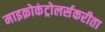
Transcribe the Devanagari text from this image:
माइक्रोकंट्रोलर्सकरीता